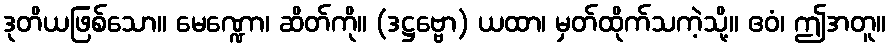
ဒုတိယဖြစ်သော။ မေဏ္ဍော၊ ဆိတ်ကို။ (ဒဋ္ဌဗ္ဗော) ယထာ၊ မှတ်ထိုက်သကဲ့သို့။ ဧဝံ၊ ဤအတူ။